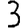
Digit: 3